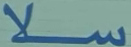
ملا